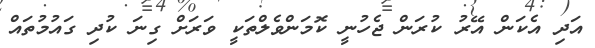
އަދި އެކަން އޭރު ކުރަން ޖެހުނީ ކޮމަންވެލްތަކީ ވަރަށް ގިނަ ކުދި ގައުމުތައް